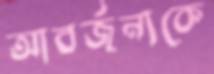
আবর্জনাকে